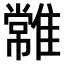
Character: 𩀯